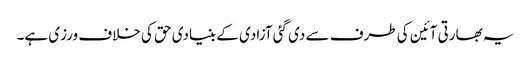
یہ بھارتی آئین کی طرف سے دی گئی آزادی کے بنیادی حق کی خلاف ورزی ہے۔